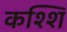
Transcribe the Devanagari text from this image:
कश्शि